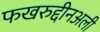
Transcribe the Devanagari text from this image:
फखरुद्दीनअली